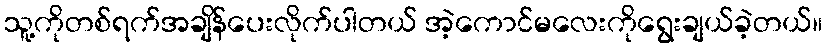
သူ့ကိုတစ်ရက်အချိန်ပေးလိုက်ပါတယ် အဲ့ကောင်မလေးကိုရွေးချယ်ခဲ့တယ်။